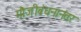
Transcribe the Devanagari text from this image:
मौजीबंधनानंतर